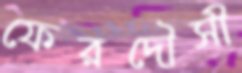
ফেরদৌসী